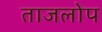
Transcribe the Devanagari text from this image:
ताजलोप